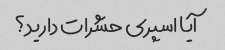
آیا اسپری حشرات دارید؟